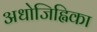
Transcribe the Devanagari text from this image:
अधोजिह्विका